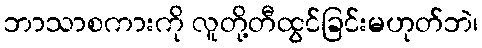
ဘာသာစကားကို လူတို့တီထွင်ခြင်းမဟုတ်ဘဲ၊